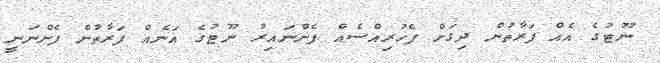
ނޫޓުގެ އެއް ފަރާތުން ދިގަށް ފެހުރިއްސެއް ފެންނައިރު ނޫޓުގެ އަނެއް ފަރާތުން ފެންނަނީ